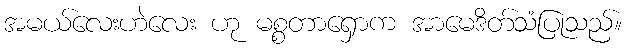
အမယ်လေးဟဲလေး ဟု မစ္စတာရှောက အာမေဒိတ်သံပြုသည်။